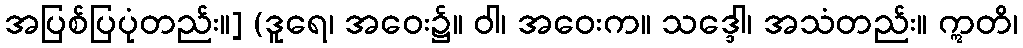
အပြစ်ပြပုံတည်း။] (ဒူရေ၊ အဝေး၌။ ဝါ၊ အဝေးက။ သဒ္ဒေါ၊ အသံတည်း။ ဣတိ၊